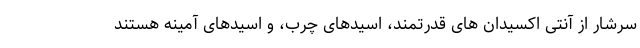
سرشار از آنتی اکسیدان های قدرتمند، اسیدهای چرب، و اسیدهای آمینه هستند